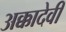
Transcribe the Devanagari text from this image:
अक्कादेवी